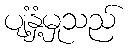
ပျံ့နှံ့မှုသည်